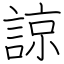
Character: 諒